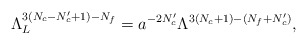
\begin{align*} \Lambda_L^{3(N_c-N_c'+1)-N_f}=a^{-2N_c'}\Lambda^{3(N_c+1)-(N_f+N_c')},\end{align*}